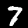
Label: 7